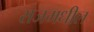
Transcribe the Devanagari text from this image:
राजमधील